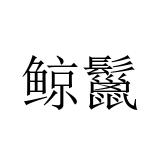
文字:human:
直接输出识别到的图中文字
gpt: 鲸鬣